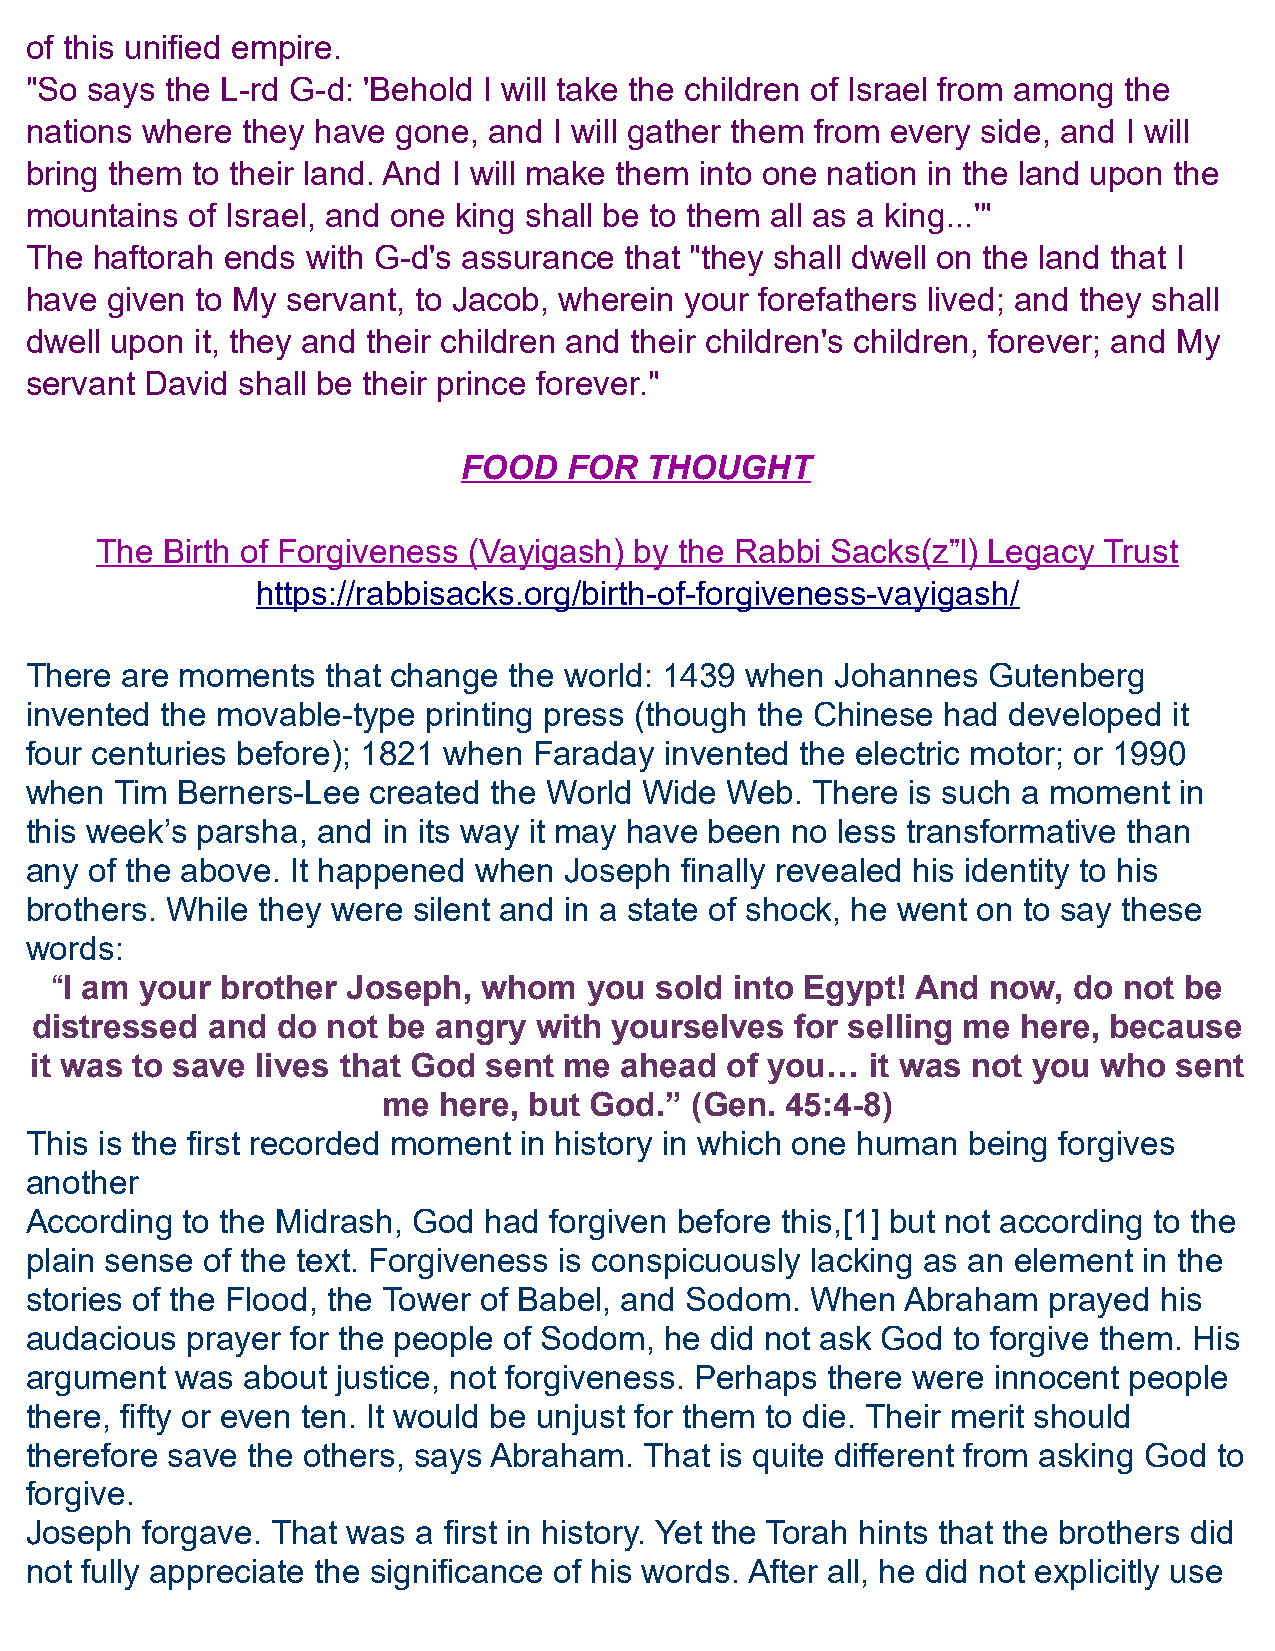
of this unified empire.
 "So says the L-rd G-d: 'Behold I will take the children of Israel from among the
 nations where they have gone, and  I will gather them from every side, and I will
 bring them to their land. And I will make them into one nation in the land upon the
 mountains  of Israel, and one king shall be to them all as a king...'"
 The haftorah ends with G-d's assurance that "they shall dwell on the land that I
 have given to My servant, to Jacob, wherein your forefathers lived; and they shall
 dwell upon it, they and their children and their children's children, forever; and My
 servant David shall be their prince forever."
 FOOD   FOR  THOUGHT
 The  Birth of Forgiveness (Vayigash) by the Rabbi Sacks(z”l) Legacy Trust
 https://rabbisacks.org/birth-of-forgiveness-vayigash/
 There are moments   that change the world: 1439 when Johannes  Gutenberg
 invented the movable-type printing press (though the Chinese had developed  it
 four centuries before); 1821 when Faraday invented the electric motor; or 1990
 when  Tim Berners-Lee  created the World Wide Web.  There is such a moment  in
 this week’s parsha, and in its way it may have been no less transformative than
 any of the above. It happened when Joseph  finally revealed his identity to his
 brothers. While they were silent and in a state of shock, he went on to say these
 words:
 “I am your  brother Joseph,  whom   you sold  into Egypt! And now,  do not be
 distressed  and do  not be angry with yourselves   for selling me here, because
 it was to save lives that God sent me  ahead  of you…   it was not you who  sent
 me  here, but God.”  (Gen. 45:4-8)
 This is the first recorded moment in history in which one human being forgives
 another
 According to the Midrash, God had forgiven before this,[1] but not according to the
 plain sense of the text. Forgiveness is conspicuously lacking as an element in the
 stories of the Flood, the Tower of Babel, and Sodom. When Abraham  prayed  his
 audacious prayer for the people of Sodom, he did not ask God to forgive them. His
 argument  was about justice, not forgiveness. Perhaps there were innocent people
 there, fifty or even ten. It would be unjust for them to die. Their merit should
 therefore save the others, says Abraham. That is quite different from asking God to
 forgive.
 Joseph forgave. That was  a first in history. Yet the Torah hints that the brothers did
 not fully appreciate the significance of his words. After all, he did not explicitly use